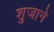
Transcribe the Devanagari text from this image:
शुजाने